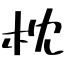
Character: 枕